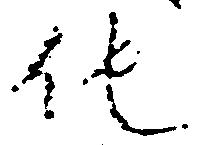
他